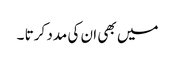
میں بھی ان کی مدد کرتا ۔